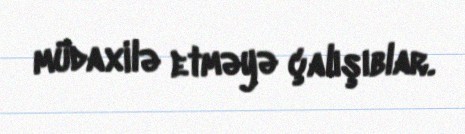
müdaxilə etməyə çalışıblar.